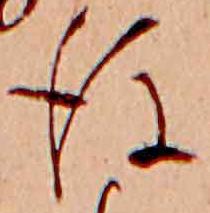
後